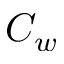
C _ { w }